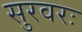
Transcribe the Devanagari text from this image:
सुरवरः